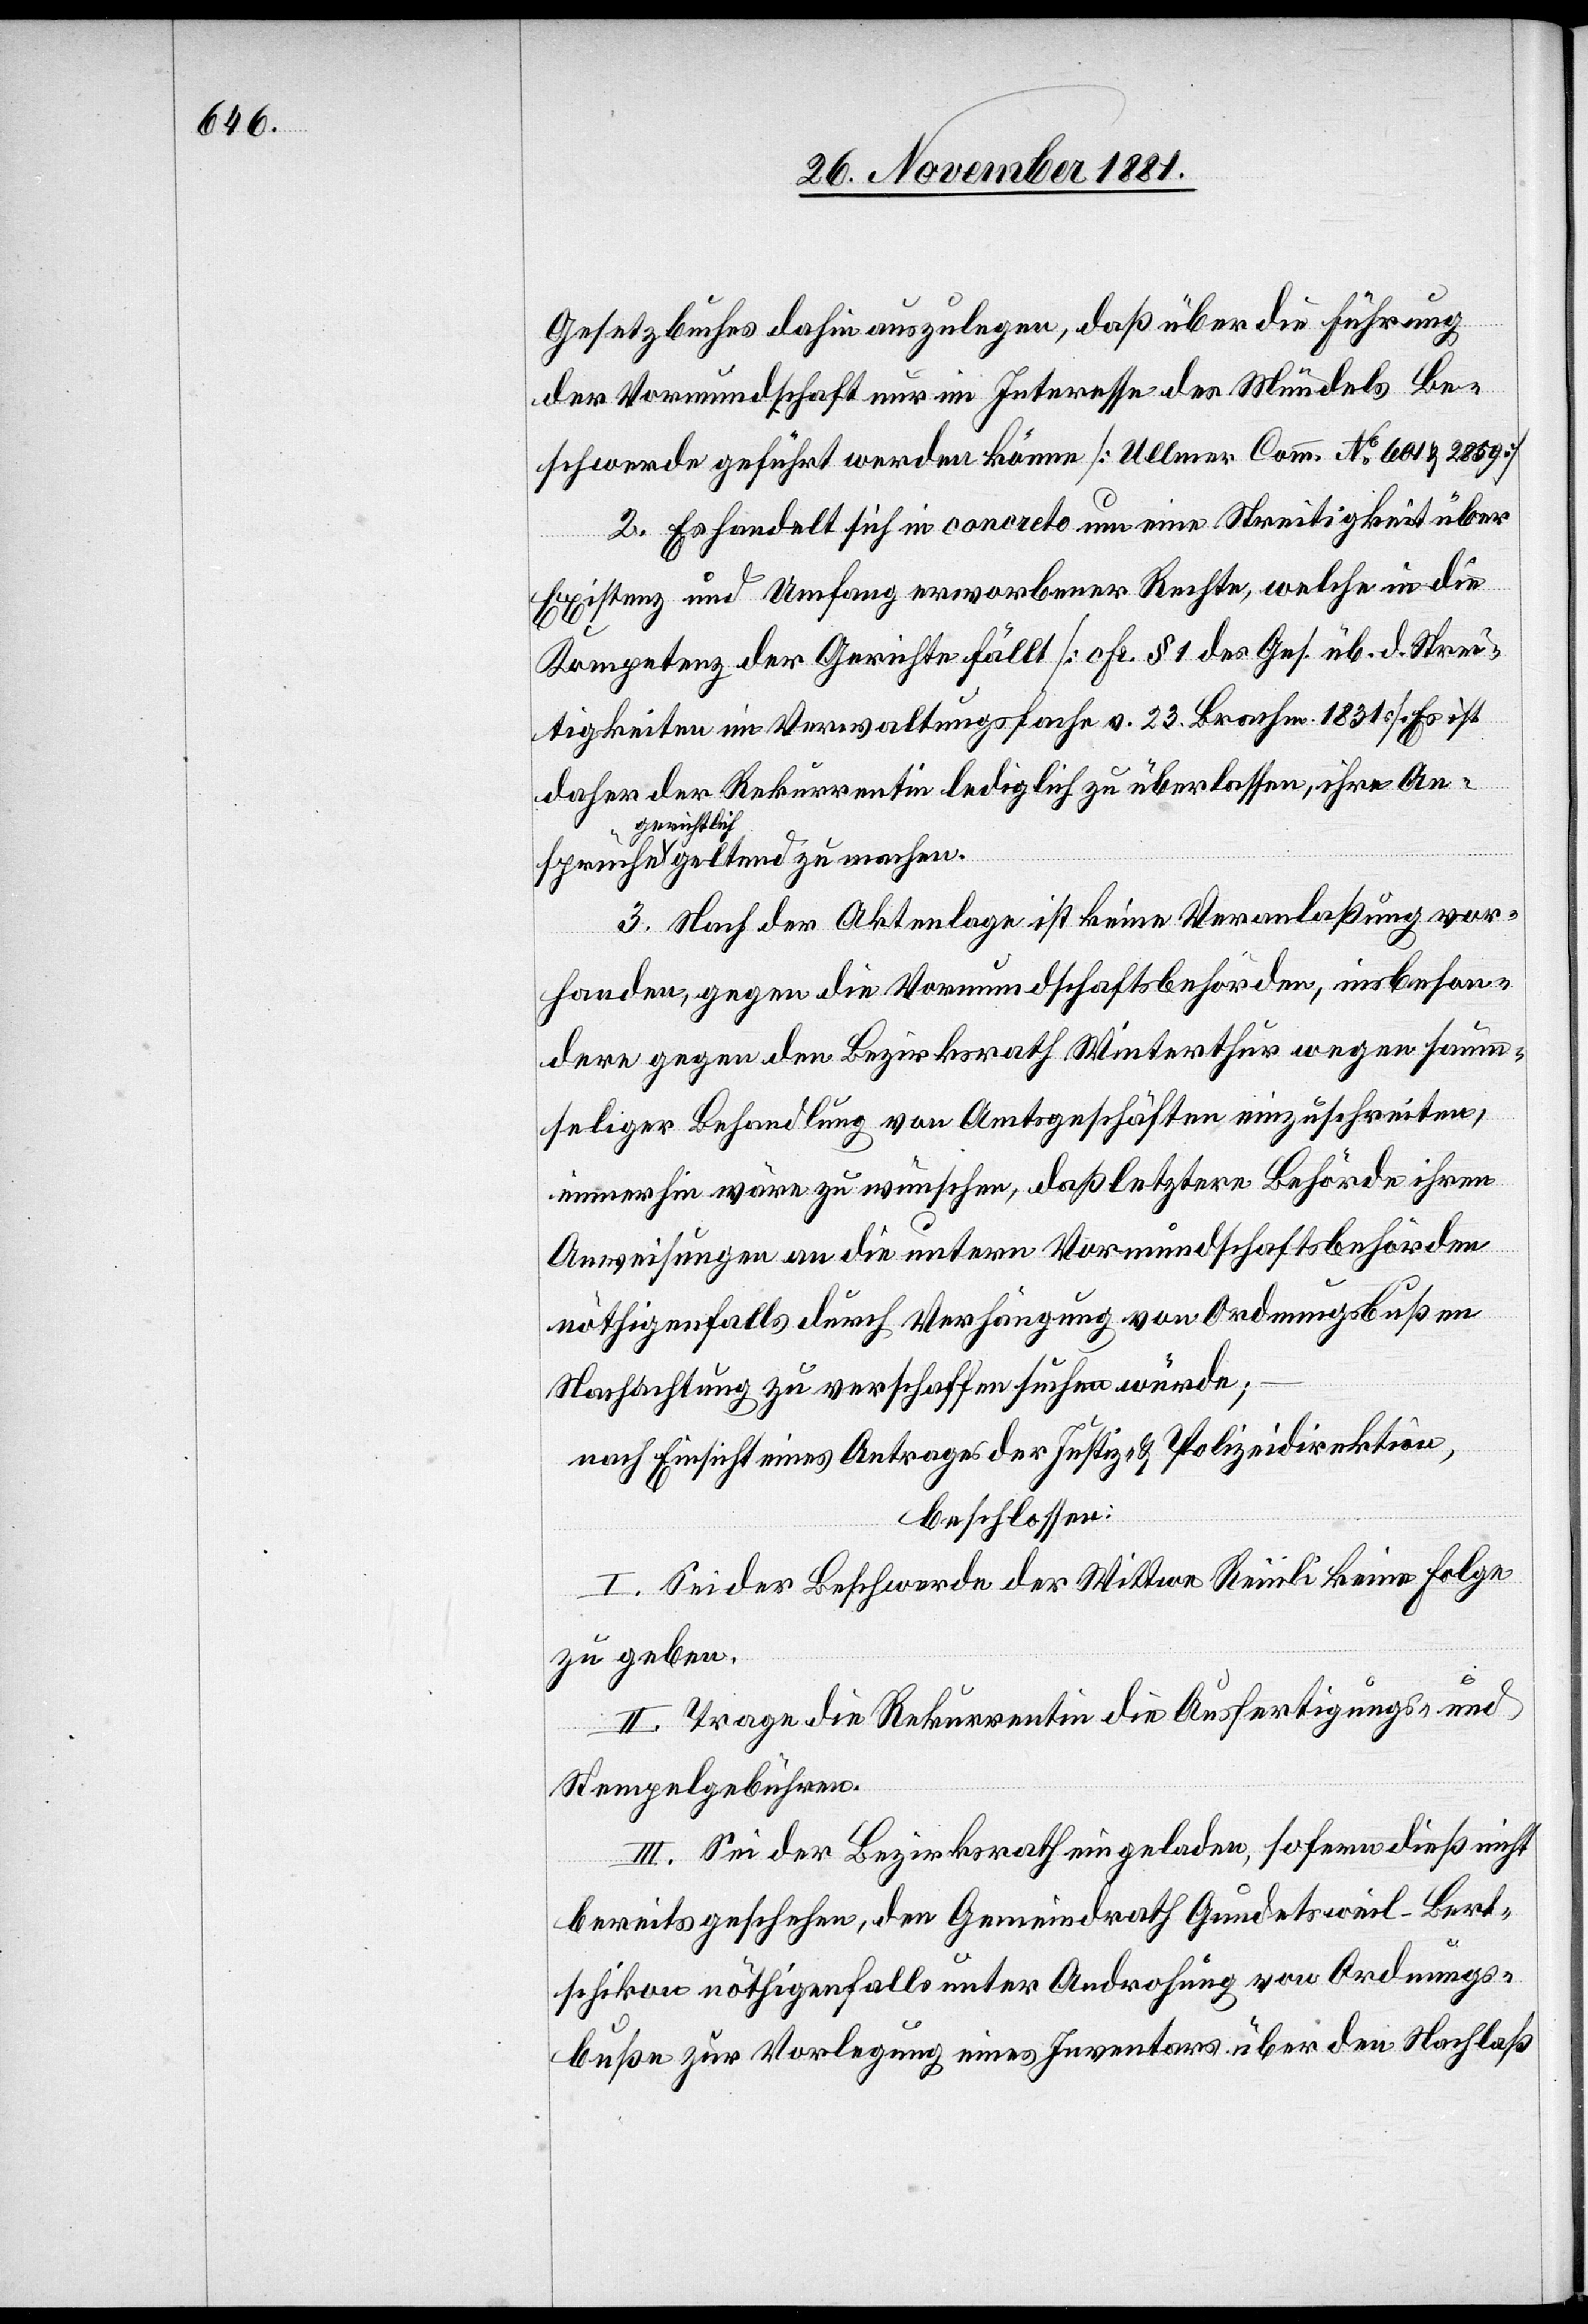
Gesetzbuches dahin auszulegen, daß über die Führung
der Vormundschaft nur im Interesse des Mündels Be¬
schwerde geführt werden könne [Ullmer Comm. No 601 & 2859].
2. Es handelt sich in concreto um eine Streitigkeit über
Existenz und Umfang erworbener Rechte, welche in die
Kompetenz der Gerichte fällt [cfr. § 1 des Ges. üb. d. Strei¬
tigkeiten in Verwaltungssache v. 23. Brachm. 1831] Es ist
daher der Rekurrentin lediglich zu überlassen, ihre An¬
gerichtlich
3. Nach der Aktenlage ist keine Veranlaßung vor¬
handen, gegen die Vormundschaftsbehörden, insbeson¬
dere gegen den Bezirksrath Winterthur wegen saum¬
seliger Behandlung von Amtsgeschäften einzuschreiten,
immerhin wäre zu wünschen, daß letztere Behörde ihren
Anweisungen an die untern Vormundschaftsbehörden
nöthigenfalls durch Verhängung von Ordnungsbußen
Nachachtung zu verschaffen suchen würde;
nach Einsicht eines Antrages der Justiz- & Polizeidirektion,
beschlossen:
I. Sei der Beschwerde der Wittwe Reinli keine Folge
zu geben.
II. Trage die Rekurrentin die Ausfertigungs- und
Stempelgebühren.
III. Sei der Bezirksrath eingeladen, sofern dieß nicht
bereits geschehen, den Gemeindrath Gundetsweil-Bert¬
schikon nöthigenfalls unter Androhung von Ordnungs¬
buße zur Vorlegung eines Inventars über den Nachlaß